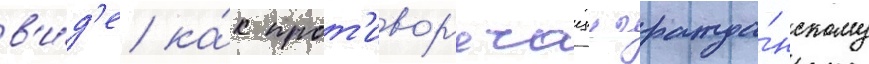
в'и́д'е ка́к прот'ивор'ечащии гражда́нскому